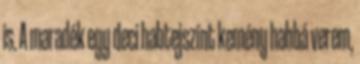
is. A maradék egy deci habtejszínt kemény habbá verem,